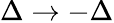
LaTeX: \Delta\to-\Delta